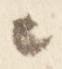
々